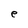
Character: e